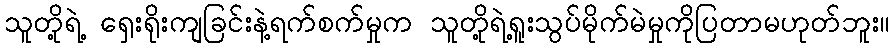
သူတို့ရဲ့ ရှေးရိုးကျခြင်းနဲ့ရက်စက်မှုက သူတို့ရဲ့ရူးသွပ်မိုက်မဲမှုကိုပြတာမဟုတ်ဘူး။